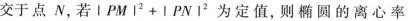
交于点N，诺$$| P M | ^ { 2 } + | P N | ^ { 2 }$$为定值，则椭圆的离心率